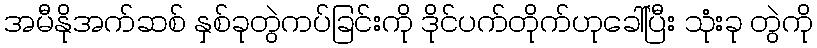
အမီနိုအက်ဆစ် နှစ်ခုတွဲကပ်ခြင်းကို ဒိုင်ပက်တိုက်ဟုခေါ်ပြီး သုံးခု တွဲကို